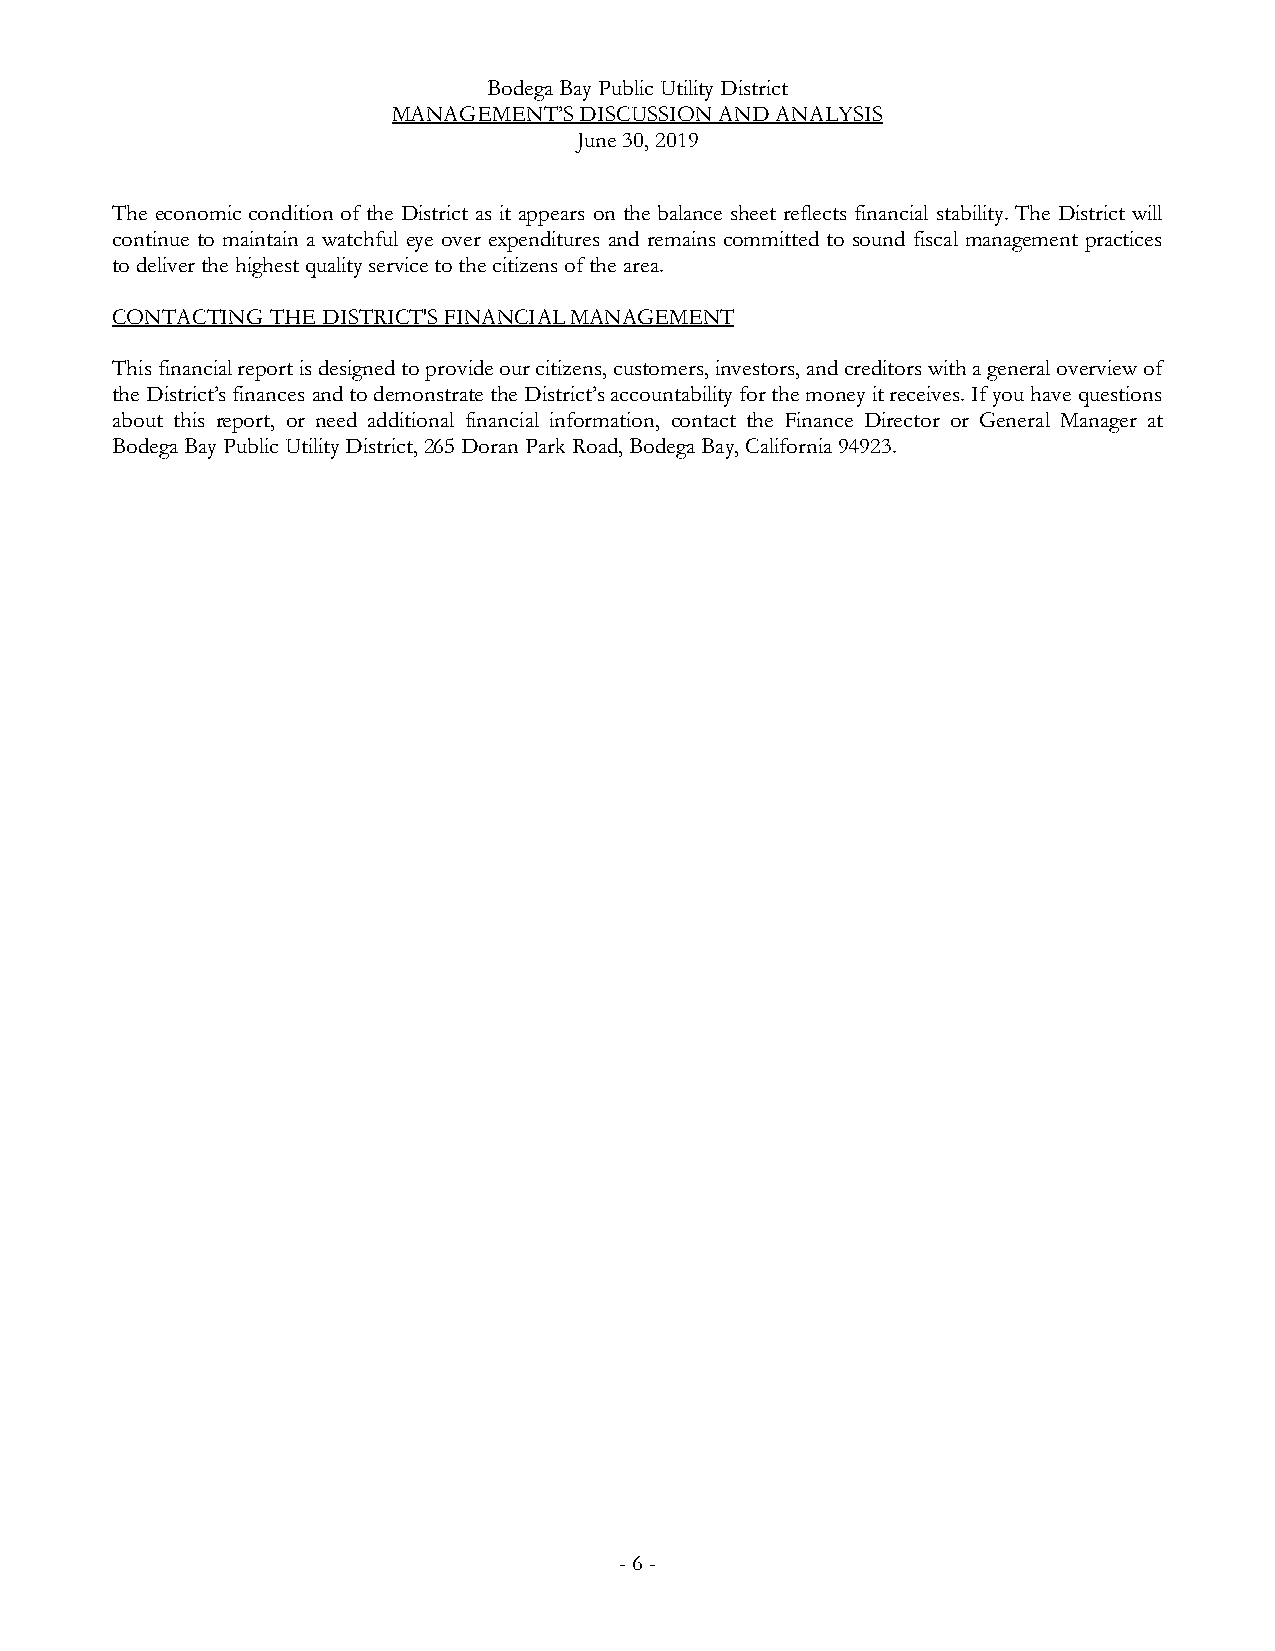
Bodega Bay Public Utility District
 MANAGEMENT’S DISCUSSION AND ANALYSIS
 June 30, 2019
 The economic condition of the District as it appears on the balance sheet reflects financial stability. The District will
 continue to maintain a watchful eye over expenditures and remains committed to sound fiscal management practices
 to deliver the highest quality service to the citizens of the area.
 CONTACTING THE DISTRICT'S FINANCIAL MANAGEMENT
 This financial report is designed to provide our citizens, customers, investors, and creditors with a general overview of
 the District’s financesand to demonstrate the District’s accountability for the money it receives. If you have questions
 about this report, or need additional financial information, contact the Finance Director or General Manager at
 Bodega Bay Public Utility District, 265 Doran Park Road, Bodega Bay, California94923.
 -6-